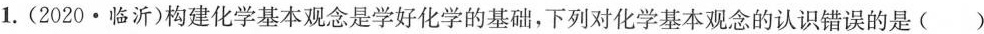
1 .(2020 · 临沂)构建化学基本观念是学好化学的基础，下列对化学基本观念的认识错误的是( )